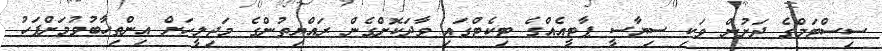
ސިސްޓަމްގެ ދަށުން ވަކި ސިޔާސީ ޕާޓީއެއްގެ ޓިކެޓްގައި ވާދަކޮށްގެން ރައްޔިތުންގެ މަޖިލީހަށް އިންތިހާބުވުމަށްފަހު